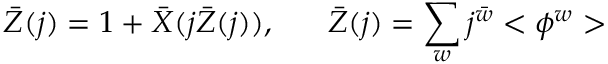
\bar { Z } ( j ) = 1 + \bar { X } ( j \bar { Z } ( j ) ) , \; \; \; \; \; \; \bar { Z } ( j ) = \sum _ { w } j ^ { \bar { w } } < \phi ^ { w } >